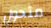
متحول